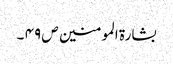
بشارۃ المومنین ص ۴۹ ۔